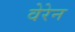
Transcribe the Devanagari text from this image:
वेरेन